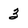
Character: 3